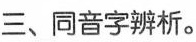
三、同音字辨析。